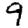
Digit: 9